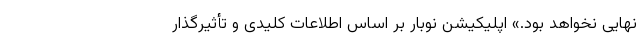
نهایی نخواهد بود.» اپلیکیشن نوبار بر اساس اطلاعات کلیدی و تأثیرگذار